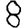
Digit: 8